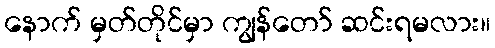
နောက် မှတ်တိုင်မှာ ကျွန်တော် ဆင်းရမလား။